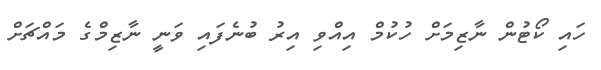
ހައި ކޯޓުން ނާޒިމަށް ހުކުމް އިއްވި އިރު ބުނެފައި ވަނީ ނާޒިމްގެ މައްޗަށް